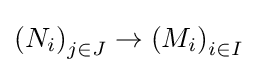
\left(N_{i}\right)_{j\in J}\to \left(M_{i}\right)_{i\in I}